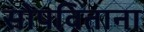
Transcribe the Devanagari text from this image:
सोपविताना